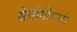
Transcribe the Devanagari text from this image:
स़ैयोगीचारी